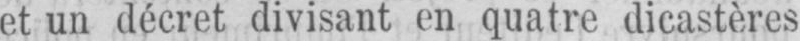
et un décret divisant en quatre dicastères